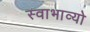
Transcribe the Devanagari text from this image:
स्वाभाव्यो